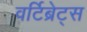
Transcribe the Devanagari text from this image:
वर्टिब्रेट्स